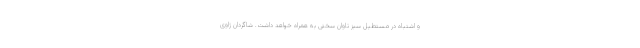
و اشتباه در مستطیل سبز تاوان سختی به همراه خواهد داشت. شاگردان ژاوی